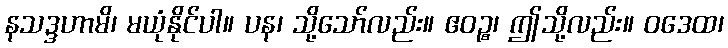
နသဒ္ဒဟာမိ၊ မယုံနိုင်ပါ။ ပန၊ သို့သော်လည်း။ ဧဝဉ္စ၊ ဤသို့လည်း။ ဝဒေထ၊